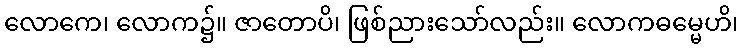
လောကေ၊ လောက၌။ ဇာတောပိ၊ ဖြစ်ညားသော်လည်း။ လောကဓမ္မေဟိ၊